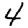
Digit: 4